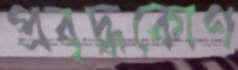
প্রবৃদ্ধকোণ